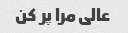
عالی مرا پر کن